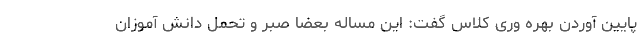
پایین آوردن بهره وری کلاس گفت: این مساله بعضا صبر و تحمل دانش آموزان